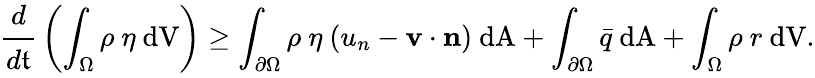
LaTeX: {\cfrac{d}{d\mathfrak{t}}}\left(\int_{\Omega}\rho~\eta~{\mathrm{{dV}}}\right)\geq\int_{\partial\Omega}\rho~\eta~(u_{n}-\mathbf{{v}}\cdot\mathbf{{n}})~{\mathrm{{dA}}}+\int_{\partial\Omega}{\bar{{q}}}~{\mathrm{{dA}}}+\int_{\Omega}\rho~r~{\mathrm{{dV}}}.